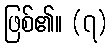
ဖြစ်၏။ (၇)